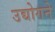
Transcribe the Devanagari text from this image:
उद्योगने